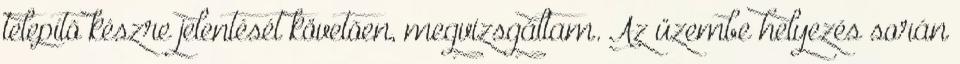
telepítõ készre jelentését követõen, megvizsgáltam. Az üzembe helyezés során